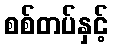
စစ်တပ်နှင့်